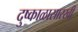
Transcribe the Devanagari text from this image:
दुष्काळासारखी